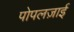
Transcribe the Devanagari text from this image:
पोपलज़ाई